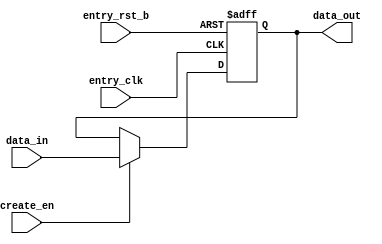
// This program was cloned from: https://github.com/T-head-Semi/opene902
// License: Apache License 2.0

/*Copyright 2018-2021 T-Head Semiconductor Co., Ltd.

Licensed under the Apache License, Version 2.0 (the "License");
you may not use this file except in compliance with the License.
You may obtain a copy of the License at

    http://www.apache.org/licenses/LICENSE-2.0

Unless required by applicable law or agreed to in writing, software
distributed under the License is distributed on an "AS IS" BASIS,
WITHOUT WARRANTIES OR CONDITIONS OF ANY KIND, either express or implied.
See the License for the specific language governing permissions and
limitations under the License.
*/
module ahb_fifo_entry(
  create_en,
  data_in,
  data_out,
  entry_clk,
  entry_rst_b
);

// &Ports; @20
input           create_en;  
input   [54:0]  data_in;    
input           entry_clk;  
input           entry_rst_b; 
output  [54:0]  data_out;   

// &Regs; @21
reg     [54:0]  data_out;   

// &Wires; @22
wire            create_en;  
wire    [54:0]  data_in;    
wire            entry_clk;  
wire            entry_rst_b; 


always @(posedge entry_clk or negedge entry_rst_b)
begin
  if (!entry_rst_b)
    data_out[54:0] <= 54'b0;
  else if (create_en)
    data_out[54:0] <= data_in[54:0];
  else
    data_out[54:0] <= data_out[54:0];
end

// &Force("output","data_out"); @34




// &ModuleEnd; @39
endmodule